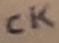
Text: CK